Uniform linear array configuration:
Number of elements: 48
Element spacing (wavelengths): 0.75
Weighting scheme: uniform
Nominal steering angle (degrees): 15
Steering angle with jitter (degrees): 13.016
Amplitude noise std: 0.05
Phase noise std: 0.05

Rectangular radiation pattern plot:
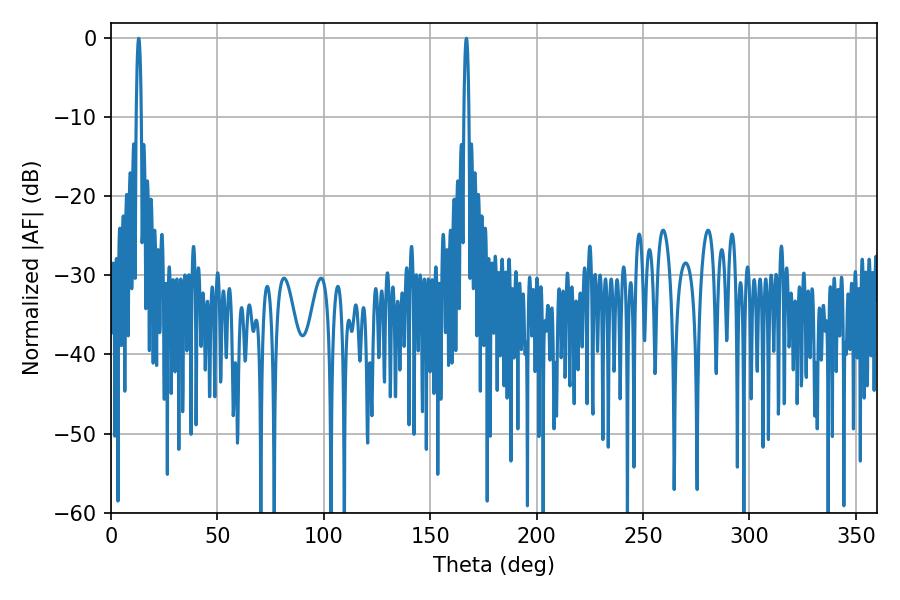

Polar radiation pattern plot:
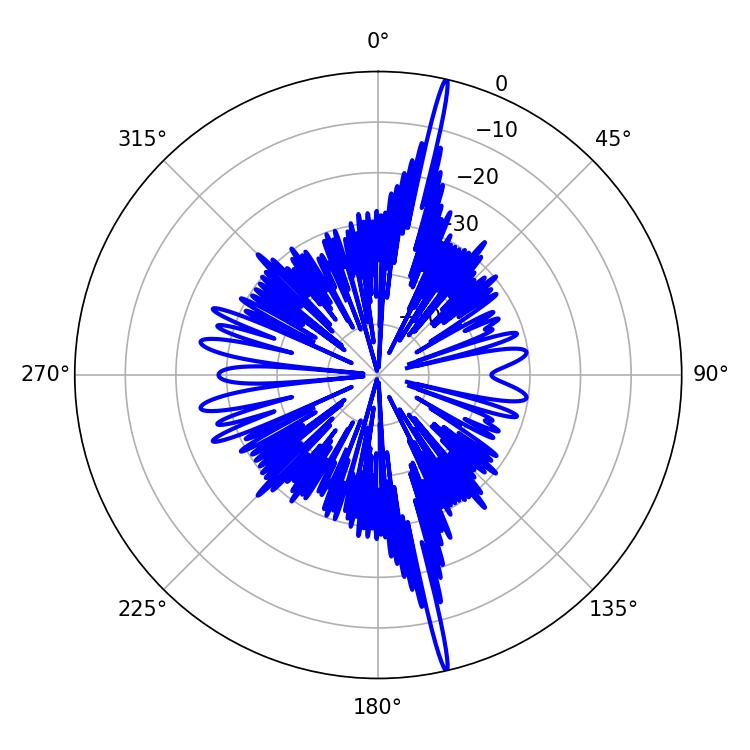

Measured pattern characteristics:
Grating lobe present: TRUE
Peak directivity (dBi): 22.31
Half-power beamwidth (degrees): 1.26
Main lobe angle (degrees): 12.96